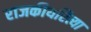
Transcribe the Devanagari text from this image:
राजकीयरित्या